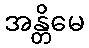
အန္တိမေ